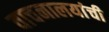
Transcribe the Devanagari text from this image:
वाचनालयांची